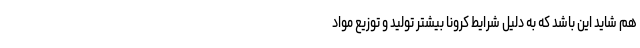
هم شاید این باشد که به دلیل شرایط کرونا بیشتر تولید و توزیع مواد